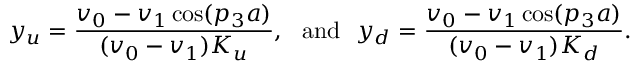
y _ { u } = \frac { v _ { 0 } - v _ { 1 } \cos ( p _ { 3 } a ) } { ( v _ { 0 } - v _ { 1 } ) K _ { u } } , ~ ~ \mathrm { a n d } ~ ~ y _ { d } = \frac { v _ { 0 } - v _ { 1 } \cos ( p _ { 3 } a ) } { ( v _ { 0 } - v _ { 1 } ) K _ { d } } .